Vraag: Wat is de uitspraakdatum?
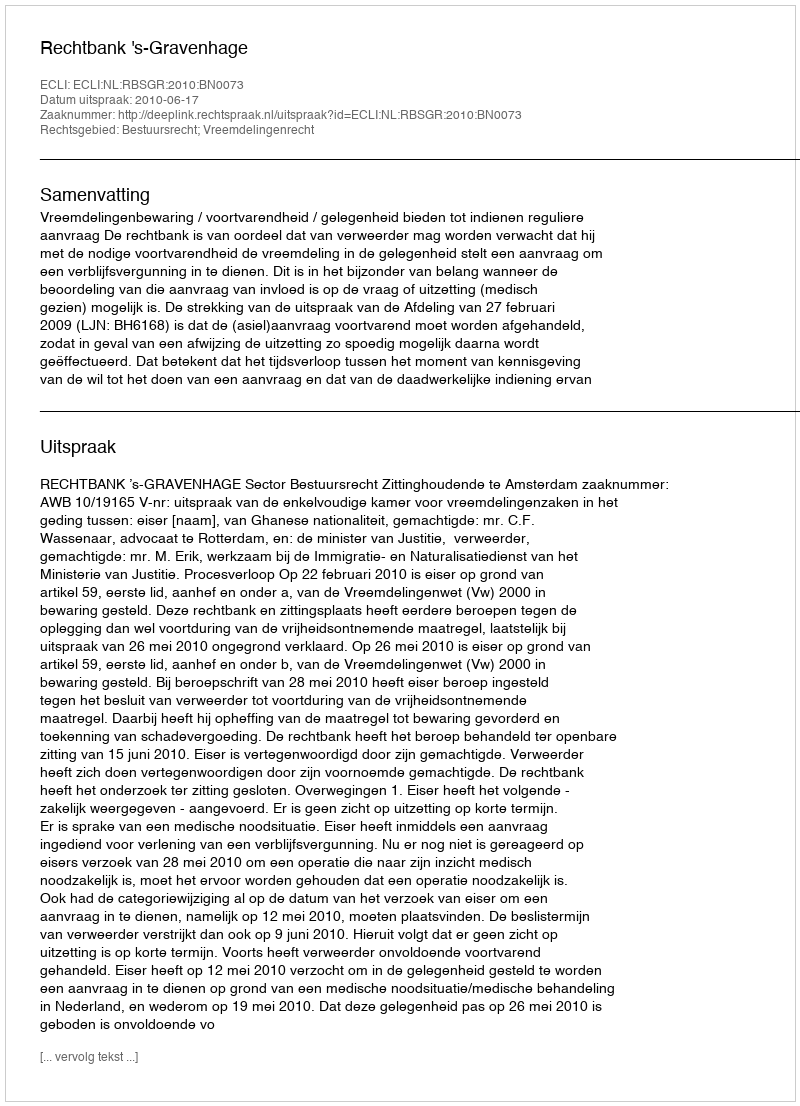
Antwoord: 2010-06-17